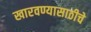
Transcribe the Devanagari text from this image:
खारवण्यासाठीचे